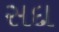
સદા